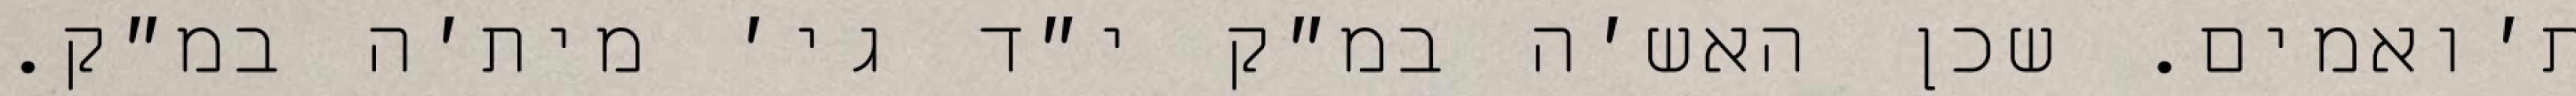
ת׳ואמים. שכן האש׳ה במ״ק י״ד גי׳ מית׳ה במ״ק.